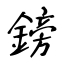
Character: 鎊